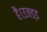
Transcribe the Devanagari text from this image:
है।उजड्ड